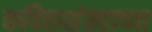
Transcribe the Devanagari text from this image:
कवितासंग्रहाच्या